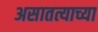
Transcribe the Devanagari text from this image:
असातत्याच्या